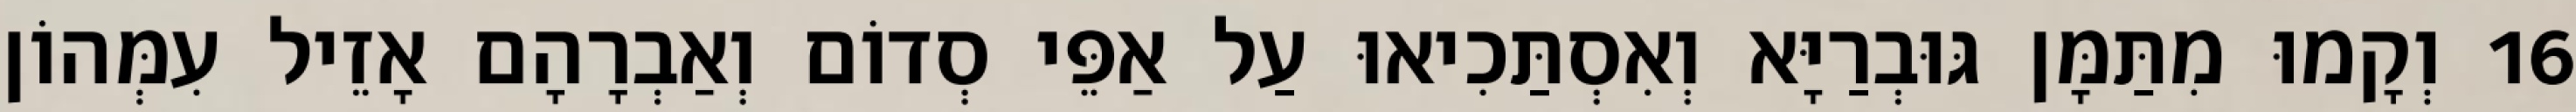
16 וְקָמוּ מִתַּמָּן גּוּבְרַיָּא וְאִסְתַּכִיאוּ עַל אַפֵּי סְדוֹם וְאַבְרָהָם אָזֵיל עִמְּהוֹן